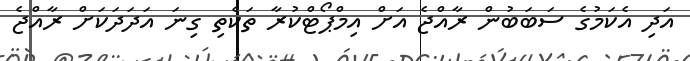
އަދި އެކަމުގެ ސަބަބުން ރާއްޖެ އަށް އިމްޕޯޓްކުރާ ތަކެތި ގިނަ އަދަދަކަށް ރާއްޖެ